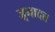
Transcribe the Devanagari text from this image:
जूनादत्त